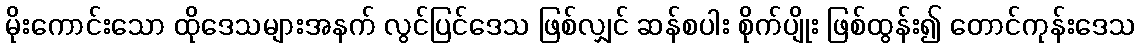
မိုးကောင်းသော ထိုဒေသများအနက် လွင်ပြင်ဒေသ ဖြစ်လျှင် ဆန်စပါး စိုက်ပျိုး ဖြစ်ထွန်း၍ တောင်ကုန်းဒေသ